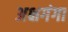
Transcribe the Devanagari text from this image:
अक्षगंगा